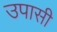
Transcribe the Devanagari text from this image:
उपासी